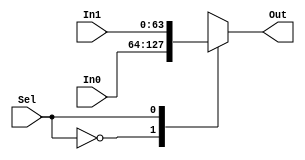
`timescale 1ns / 1ps

module mux(In0,In1,Sel,Out);
	input [63:0]  In0;
	input [63:0]   In1;
	input  Sel;
	output reg[63:0]  Out;
always@(In0,In1,Sel)
	case(Sel)
		0:Out<=In0;
		1:Out<=In1;
endcase
endmodule